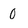
Character: 0